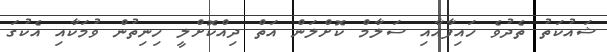
ޝައުކަތު ތެދުވެ ހައިފާއާއި ސަލާމް ކޮށްލަން އަތް ދިއްކޮށްލީ ހިނިތުން ވުމަކާއި އެކުގަ